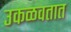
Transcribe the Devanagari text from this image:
उकळवतात